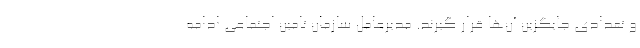
و تعدادی جایگزین آن‌ها قرار گیرند. مدیرعامل سازمان تامین اجتماعی ادامه